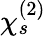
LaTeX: \chi_{s}^{(2)}